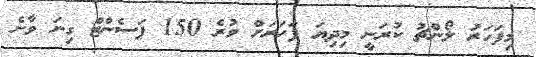
މިފަހަރު ލޯންޗު ކުރަނީ މިދިޔަ ފަހަރަށް ވުރެ 150 ޕަސެންޓް ގިނަ ވާނެ